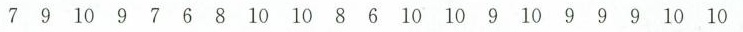
7 9 10 9 7 6 8 10 10 8 6 10 10 9 10 9 9 9 10 10